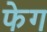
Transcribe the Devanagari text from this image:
फेग